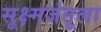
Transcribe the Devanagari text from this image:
सूक्ष्मजंतूला